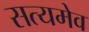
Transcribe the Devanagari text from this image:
सत्‍यमेव